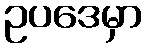
ဥပဒေမှာ